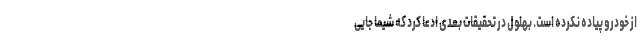
از خودرو پیاده نکرده است. بهلول در تحقیقات بعدی ادعا کرد که شیما جایی